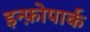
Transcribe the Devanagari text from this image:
इन्फ़ोपार्क